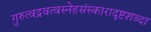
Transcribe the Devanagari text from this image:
गुरुत्वद्रवत्वस्नेहसंस्कारादृष्टशब्दा